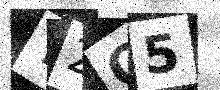
Text: Y2O5